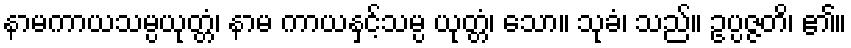
နာမကာယသမ္ပယုတ္တံ၊ နာမ ကာယနှင့်သမ္ပ ယုတ္တံ၊ သော။ သုခံ၊ သည်။ ဥပ္ပဇ္ဇတိ၊ ၏။